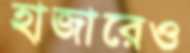
হাজারেও